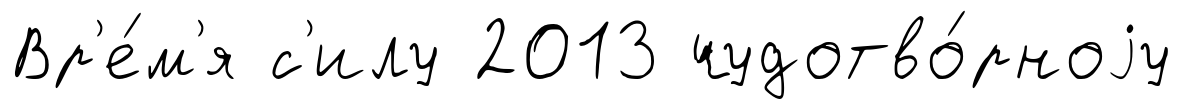
Вр'е́м'я с'илу 2013 чудотво́рноjу